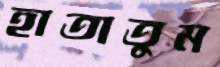
হাতাতুম